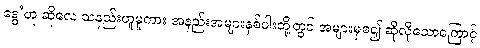
ဒွေ’ဟု ဆိုလေ သနည်းဟူမူကား အနည်းအများနှစ်ပါးတို့တွင် အများမှစ၍ ဆိုလိုသောကြောင့်